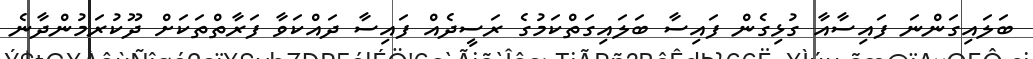
ބަލައިގަންނަ ފައިސާއާ ގުޅިގެން ފައިސާ ބަލައިގަތްކަމުގެ ރަސީދެއް ފައިސާ ދައްކަވާ ފަރާތްތަކަށް ދޫކުރަމުންދާނެ